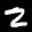
Label: 2